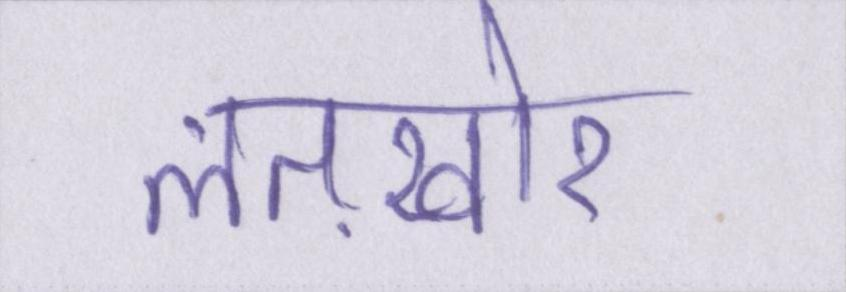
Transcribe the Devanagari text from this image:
लतख़ोर